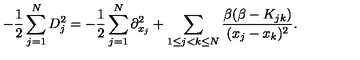
- \frac { 1 } { 2 } \sum _ { j = 1 } ^ { N } D _ { j } ^ { 2 } = - \frac { 1 } { 2 } \sum _ { j = 1 } ^ { N } \partial _ { x _ { j } } ^ { 2 } + \sum _ { 1 \leq j < k \leq N } \frac { \beta ( \beta - K _ { j k } ) } { ( x _ { j } - x _ { k } ) ^ { 2 } } .